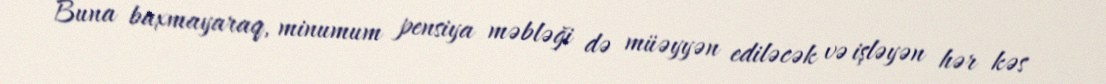
Buna baxmayaraq, minumum pensiya məbləği də müəyyən ediləcək və işləyən hər kəs